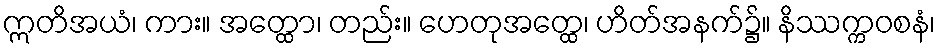
ဣတိအယံ၊ ကား။ အတ္ထော၊ တည်း။ ဟေတုအတ္ထေ၊ ဟိတ်အနက်၌။ နိဿက္ကဝစနံ၊